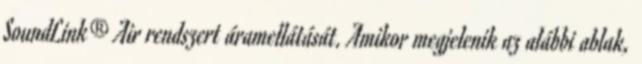
SoundLink® Air rendszert áramellátását. Amikor megjelenik az alábbi ablak,